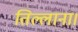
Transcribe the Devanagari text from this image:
तिल्लाना।